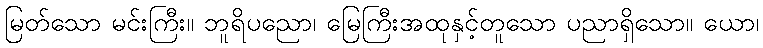
မြတ်သော မင်းကြီး။ ဘူရိပညော၊ မြေကြီးအထုနှင့်တူသော ပညာရှိသော။ ယော၊